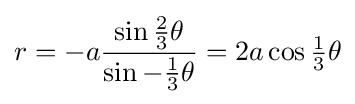
r=-a{\frac {\sin {\tfrac {2}{3}}\theta }{\sin -{\tfrac {1}{3}}\theta }}=2a\cos {\tfrac {1}{3}}\theta